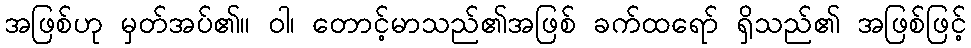
အဖြစ်ဟု မှတ်အပ်၏။ ဝါ၊ တောင့်မာသည်၏အဖြစ် ခက်ထရော် ရှိသည်၏ အဖြစ်ဖြင့်